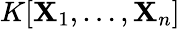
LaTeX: K[\mathbf{X}_{1},\ldots,\mathbf{X}_{n}]